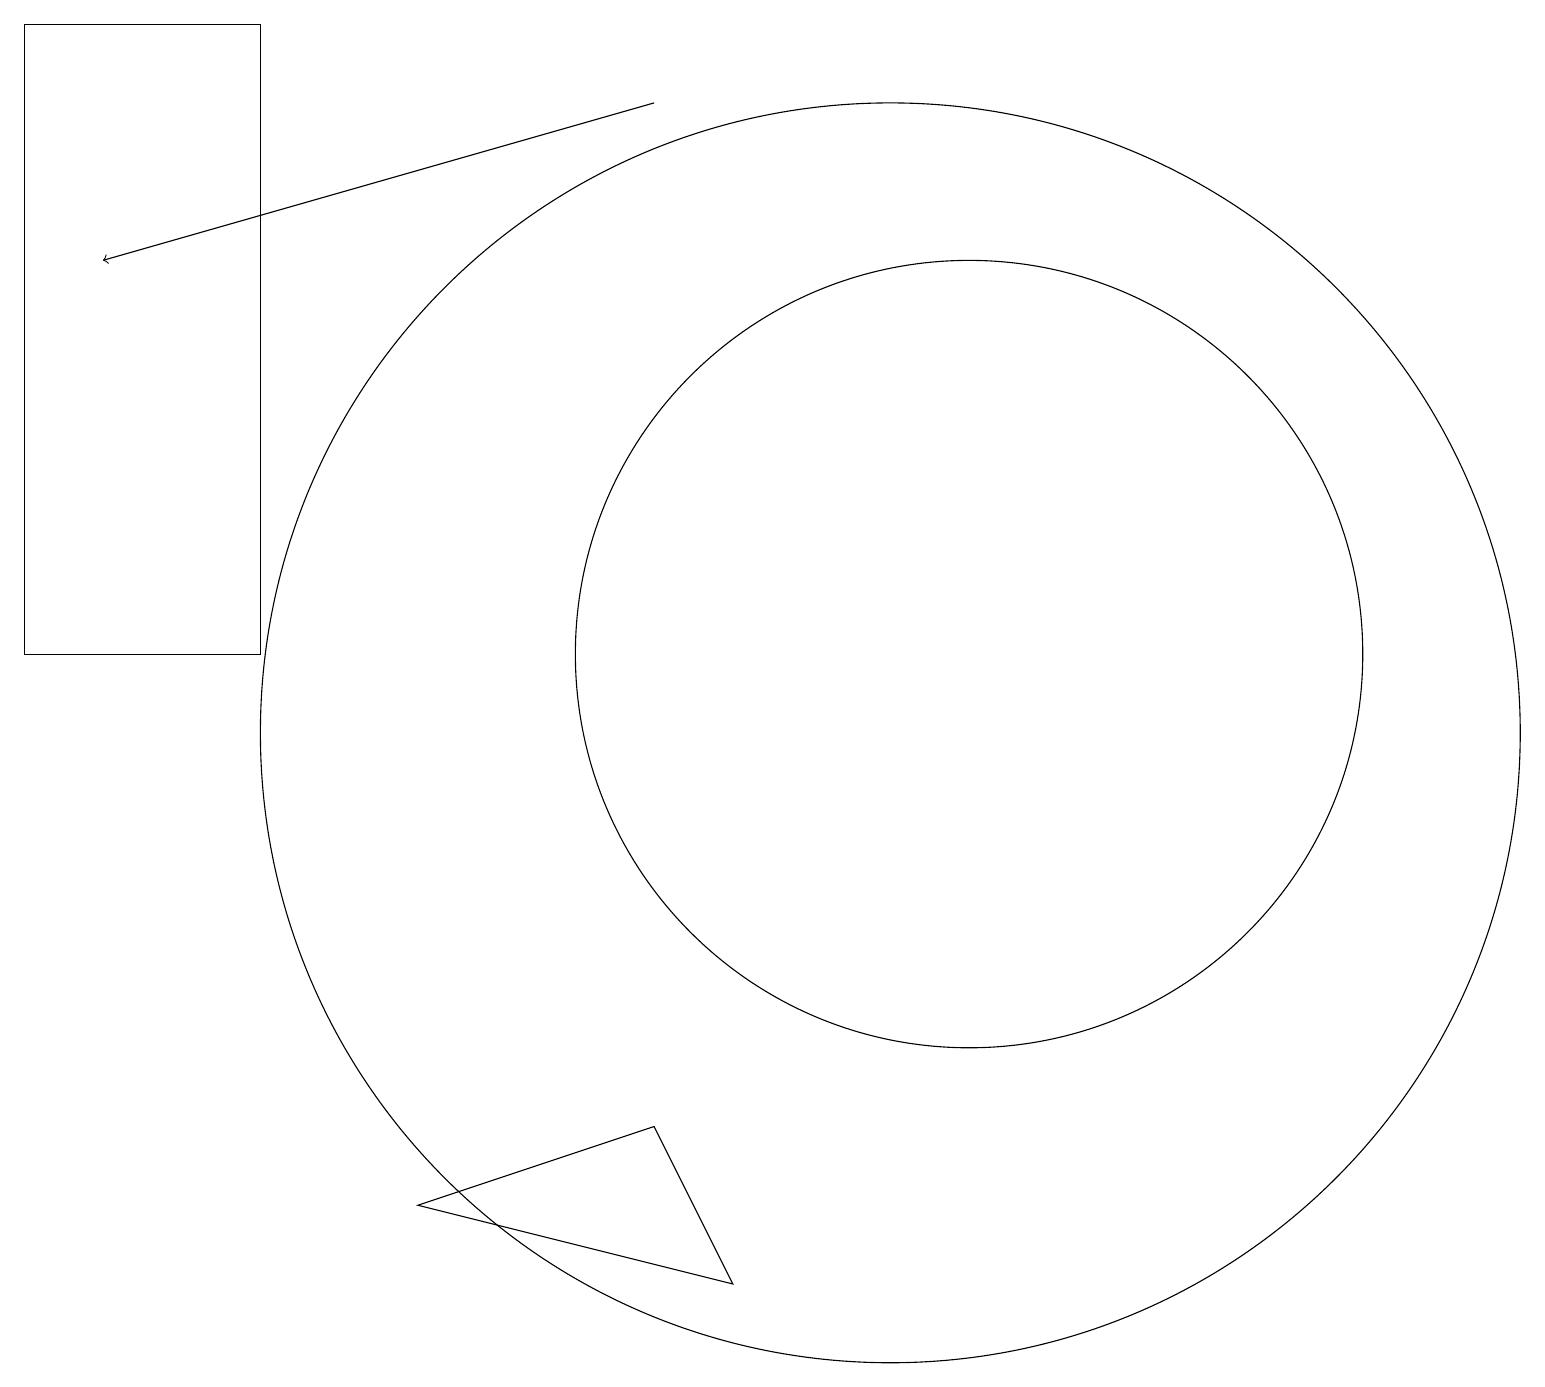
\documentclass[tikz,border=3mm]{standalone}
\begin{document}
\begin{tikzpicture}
\draw (12,11) circle (5);
\draw (11,10) circle (8);
\draw (3,11) rectangle (0,19);
\draw[->] (8,18) -- (1,16);
\draw (5,4) -- (8,5) -- (9,3) -- cycle;
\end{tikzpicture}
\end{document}